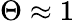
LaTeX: \Theta\approx 1